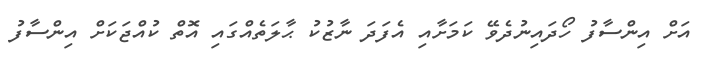
އަށް އިންސާފު ހޯދައިނުދެވޭ ކަމަށާއި އެފަދަ ނާޒުކު ޙާލަތެއްގައި އޮތް ކުއްޖަކަށް އިންސާފު